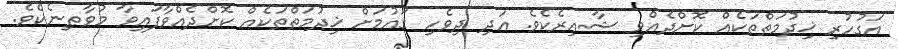
އަގުހުރި ޚިދުމަތްތަކެއް ކޮށްދެއްވި ޝާޢިރެކެވެ. އަދި ދިވެހި ގައުމަށް ޚިދުމަތްތަކެއް ކޮށްދެއްވާފައިވާ މުވާޠިނެކެވެ.